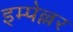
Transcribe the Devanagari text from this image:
इम्पेल्लर